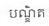
បណ្ឌិត